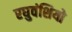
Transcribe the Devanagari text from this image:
रघुवंशियो